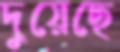
দুয়েছে